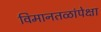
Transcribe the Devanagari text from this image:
विमानतळांपेक्षा